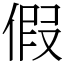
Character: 假